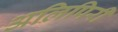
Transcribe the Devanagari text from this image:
अलिपिरी